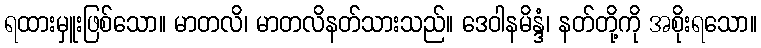
ရထားမှူးဖြစ်သော။ မာတလိ၊ မာတလိနတ်သားသည်။ ဒေဝါနမိန္ဒံ၊ နတ်တို့ကို အစိုးရသော။